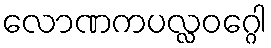
လောဏကပလ္လဝဂ္ဂေါ